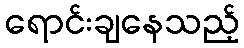
ရောင်းချနေသည့်